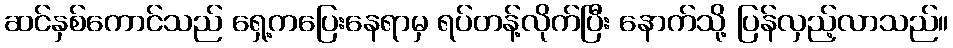
ဆင်နှစ်ကောင်သည် ရှေ့ကပြေးနေရာမှ ရပ်တန့်လိုက်ပြီး နောက်သို့ ပြန်လှည့်လာသည်။